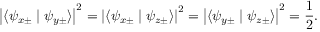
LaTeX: \left\vert \langle \psi _ { x \pm } \mid \psi _ { y \pm } \rangle \right\vert ^ { 2 } = \left\vert \langle \psi _ { x \pm } \mid \psi _ { z \pm } \rangle \right\vert ^ { 2 } = \left\vert \langle \psi _ { y \pm } \mid \psi _ { z \pm } \rangle \right\vert ^ { 2 } = { \frac { 1 } { 2 } } .